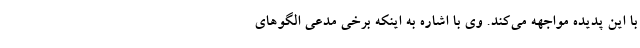
با این پدیده مواجهه می‌کند. وی با اشاره به اینکه برخی مدعی الگوهای